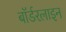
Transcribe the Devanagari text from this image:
बॉर्डरलाइन